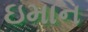
ઇમાન